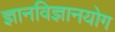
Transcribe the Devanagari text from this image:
ज्ञानविज्ञानयोग